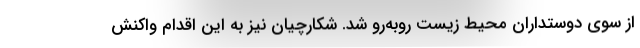
از سوی دوستداران محیط زیست روبه‌رو شد. شکارچیان نیز به این اقدام واکنش